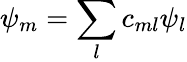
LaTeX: {\psi_{m}}=\sum_{l}c_{ml}{\psi_{l}}